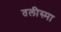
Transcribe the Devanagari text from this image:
तलीस्‍मा